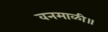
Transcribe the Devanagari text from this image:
वनमाळी॥